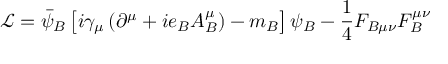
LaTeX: { \mathcal { L } } = { \bar { \psi } } _ { B } \left[ i \gamma _ { \mu } \left( \partial ^ { \mu } + i e _ { B } A _ { B } ^ { \mu } \right) - m _ { B } \right] \psi _ { B } - { \frac { 1 } { 4 } } F _ { B \mu \nu } F _ { B } ^ { \mu \nu }